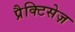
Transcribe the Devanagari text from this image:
प्रैक्टिसेज़